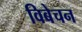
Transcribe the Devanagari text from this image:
विबेचन